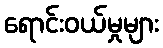
ရောင်းဝယ်မှုများ